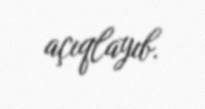
açıqlayıb.